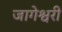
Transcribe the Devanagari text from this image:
जागेश्वरी